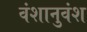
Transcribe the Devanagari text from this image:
वंशानुवंश